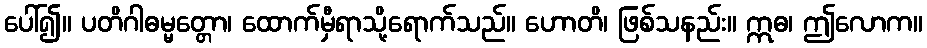
ပေါ်၍။ ပတိဂါဓမ္မတ္တော၊ ထောက်မှီရာသို့ရောက်သည်။ ဟောတိ၊ ဖြစ်သနည်း။ ဣဓ၊ ဤလောက။